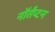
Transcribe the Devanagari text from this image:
नॉर्तँप्टन